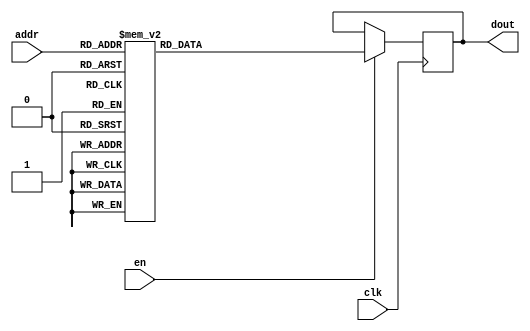
`timescale 1ns / 1ps
/*
Copyright
All right reserved.
Module Name: rom_syn
Author  : Zichuan Liu, Yixing Li and Wenye Liu.
Description:
A synthesized ROM: ROM_DEP x ROM_WID
*/
module DC_9_REF_ROM_2(
// inputs
clk,
en,
addr,
// outputs
dout
);
localparam ROM_WID = 11;
localparam ROM_DEP = 32;
localparam ROM_ADDR = 5;
// input definition
input clk;
input en;
input [ROM_ADDR-1:0] addr;
// output definition
output [ROM_WID-1:0] dout;
reg [ROM_WID-1:0] data;
always @(posedge clk)
begin
if (en) begin
case(addr)
		5'd0: data <= 11'b10010001010;
		5'd1: data <= 11'b01000000011;
		5'd2: data <= 11'b00010000011;
		5'd3: data <= 11'b01000100011;
		5'd4: data <= 11'b00110111010;
		5'd5: data <= 11'b00111100000;
		5'd6: data <= 11'b01100010110;
		5'd7: data <= 11'b01101110010;
		5'd8: data <= 11'b10000000000;
		5'd9: data <= 11'b01111111111;
		5'd10: data <= 11'b01000111001;
		5'd11: data <= 11'b00111110110;
		5'd12: data <= 11'b01000101100;
		5'd13: data <= 11'b00111100001;
		5'd14: data <= 11'b01000010001;
		5'd15: data <= 11'b01000101111;
		5'd16: data <= 11'b00111110100;
		5'd17: data <= 11'b00111101101;
		5'd18: data <= 11'b01000100100;
		5'd19: data <= 11'b01001001000;
		5'd20: data <= 11'b00111001011;
		5'd21: data <= 11'b01000011101;
		5'd22: data <= 11'b00111010100;
		5'd23: data <= 11'b01000010110;
		5'd24: data <= 11'b00111101101;
		5'd25: data <= 11'b00111101000;
		5'd26: data <= 11'b00110101111;
		5'd27: data <= 11'b01000011101;
		5'd28: data <= 11'b01000001100;
		5'd29: data <= 11'b00111100110;
		5'd30: data <= 11'b00111110000;
		5'd31: data <= 11'b01000101110;
		endcase
		end
	end
	assign dout = data;
endmodule